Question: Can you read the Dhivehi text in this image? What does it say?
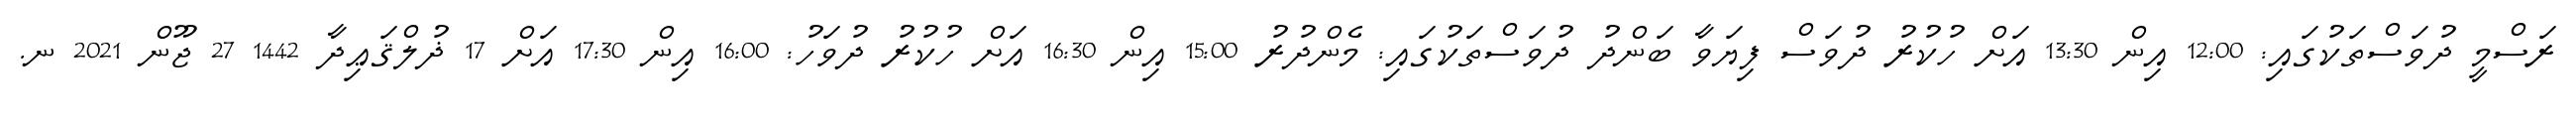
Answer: ރަސްމީ ދުވަސްތަކުގައި: 12:00 އިން 13:30 އަށް ހުކުރު ދުވަސް ފިޔަވާ ބަންދު ދުވަސްތަކުގައި: މެންދުރު 15:00 އިން 16:30 އަށް ހުކުރު ދުވަހު: 16:00 އިން 17:30 އަށް 17 ޛުލްޤަޢިދާ 1442 27 ޖޫން 2021 ނ.